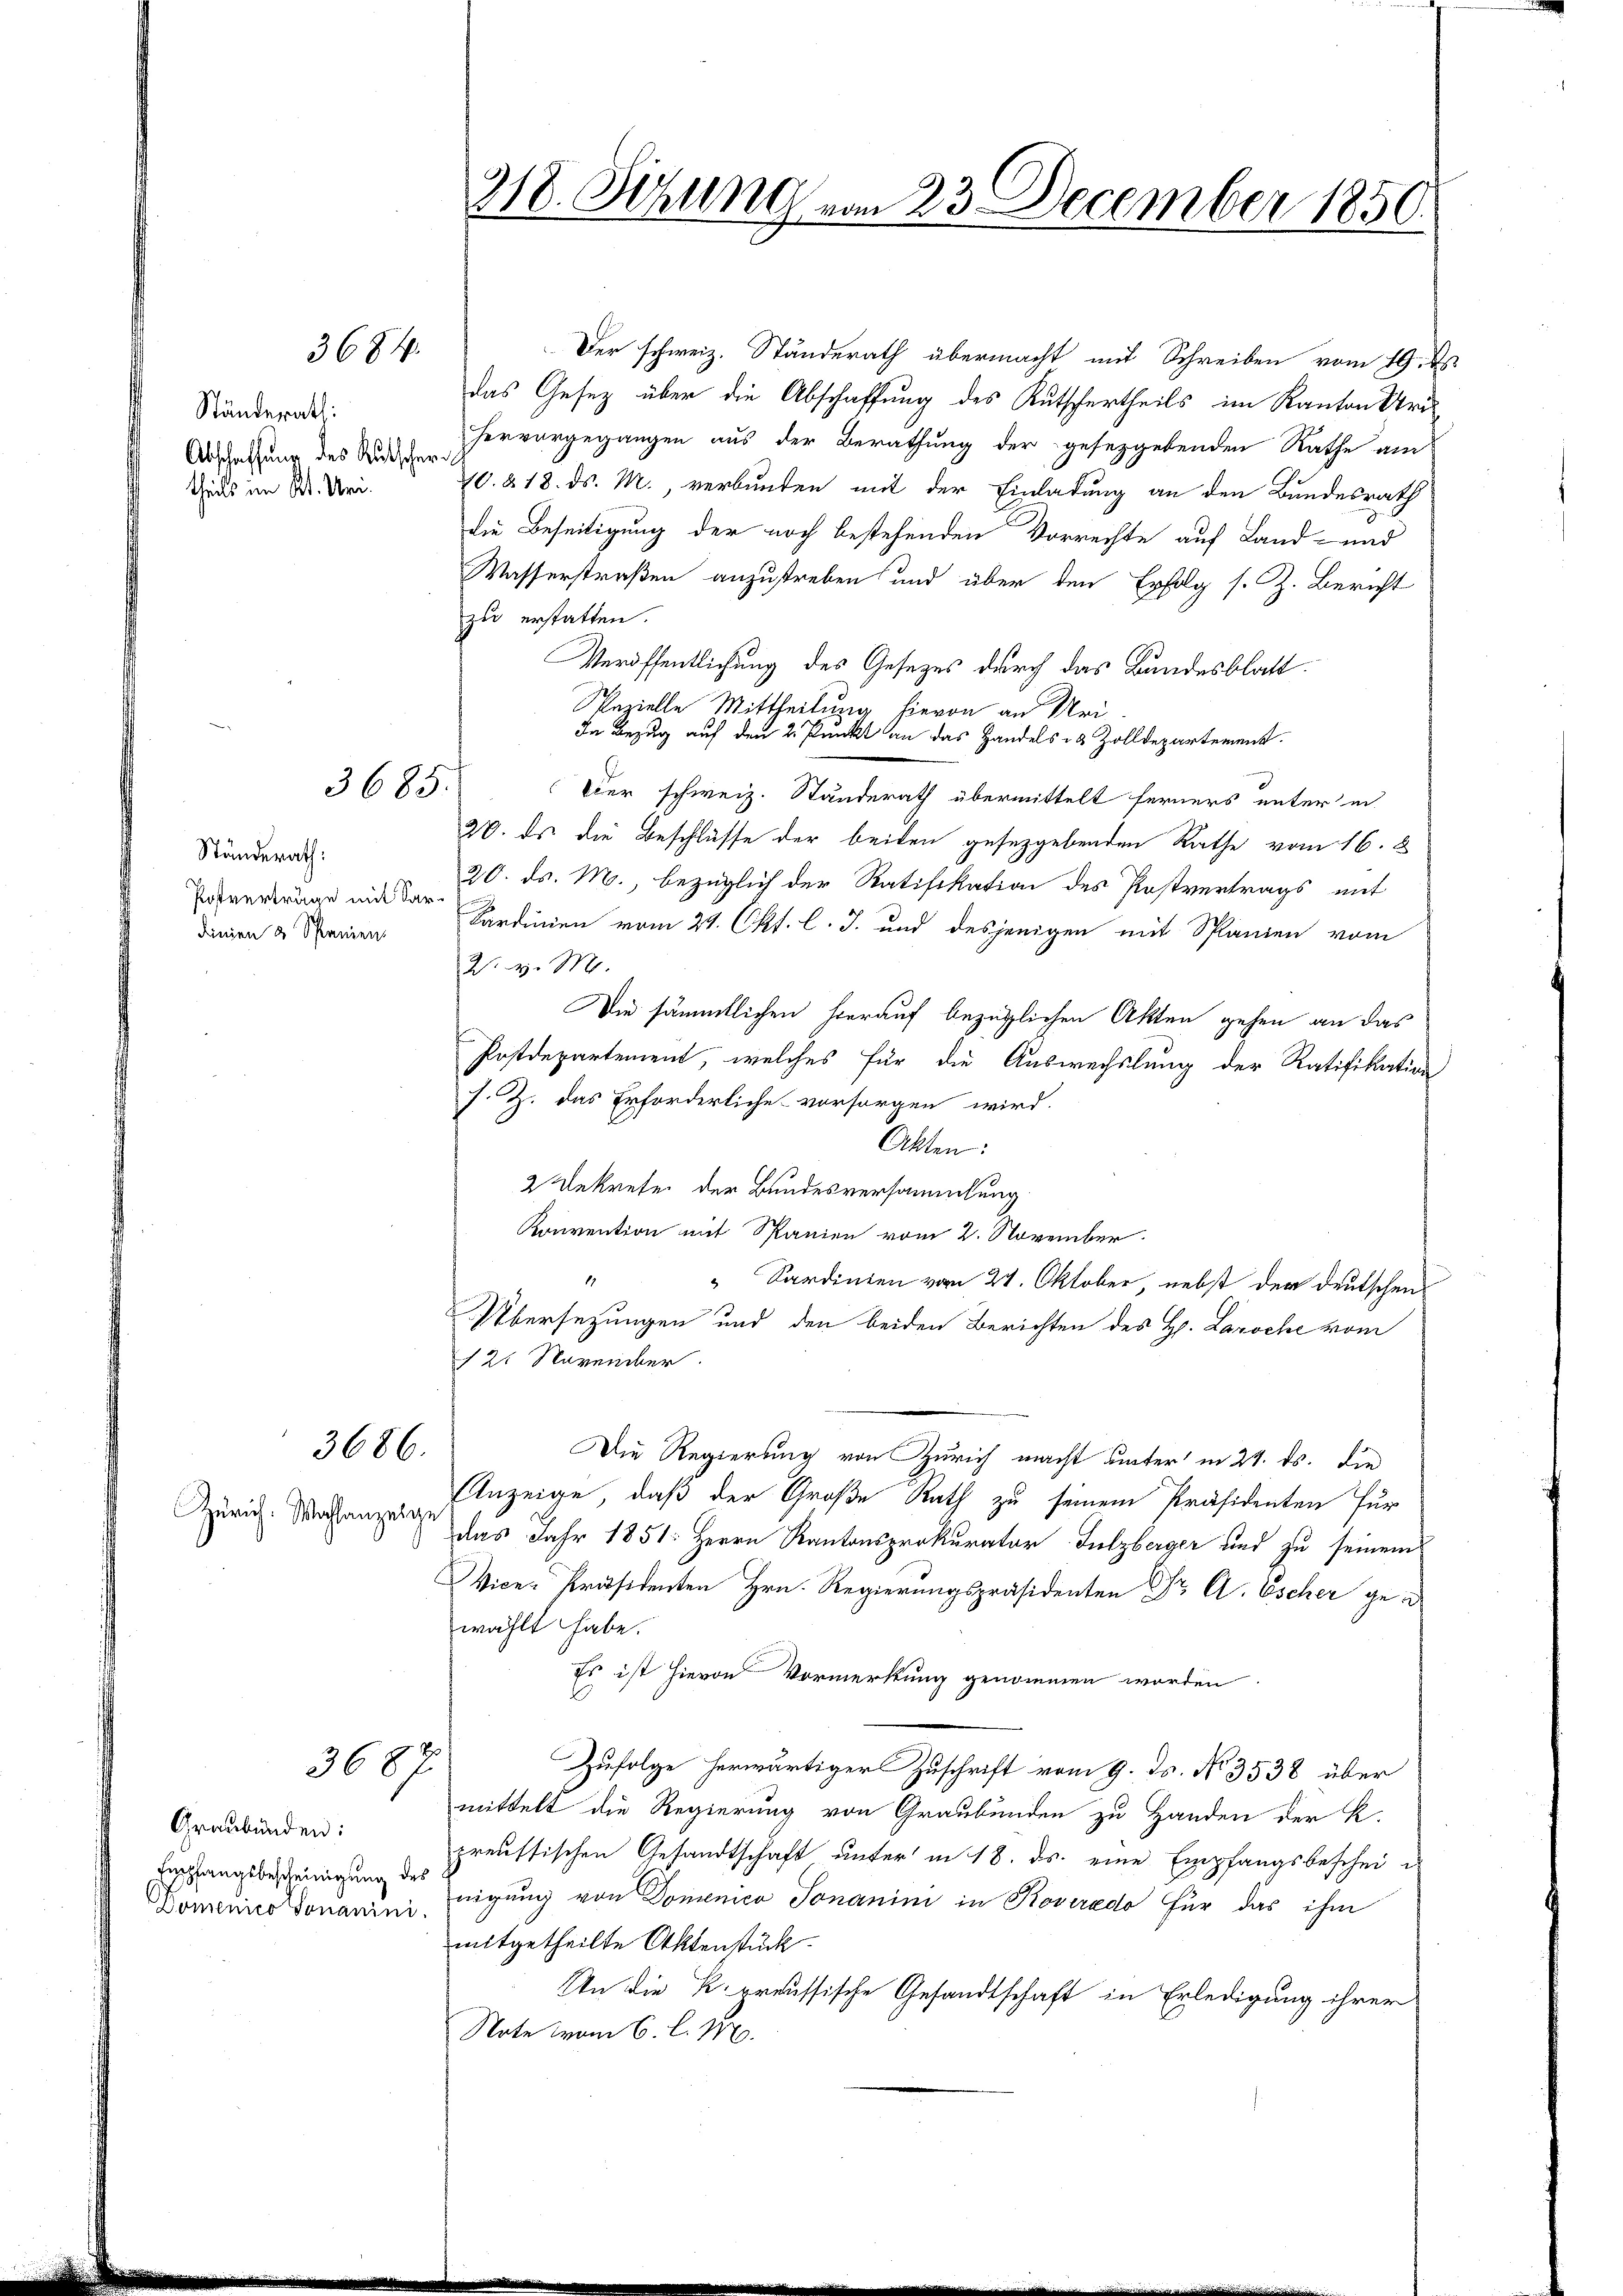
3684.

Ständerath:
Abschaffung des Rutscher
theils im Kt. Uri.

Ständerath:
Postverträge mit Sardinien 3 Spanien.

3685.

3686.

Zürich. Wahlanzeige

3687

Graubünden:
Eipfangsbescheinigung des

Der schweiz. Ständerath übermacht mit Schreiben vom 19. ds.
das Gesetz über die Abschaffung des Kutschertheils im Kanton Uri
hervorgegangen aus der Berathung der gesetzgebenden Rathe am
710. 218. ds. M., verbunden mit der Einladung an den Bundesrath
die Beseitigung der noch bestehenden Vorrechte auf Land- und
Wasserstraßen anzustreben und über den Erfolg s. Z. Bericht
zu erstatten.
Veröffentlichung des Gesetzes durch das Bundesblatt
Sazielle Mittheilung hievon an Uri¬
In Bezug auf den 2. Punkt an das Handels 8 Zolldepartement.
.
Der schweiz. Standerath übermittelt ferners unter in
20. ds die Beschlüsse der beiden gesetzgebenden Rathe vom 16. 8
20. ds. M., bezüglich der Ratifikation des Postvertrags mit
Kardinien vom 21. Okt. l. J. und desjenigen mit Spanien vom
W. v. M.
Die sämmtlichen hierauf bezüglichen Akten gehen an das
Postdepartement, welches für die Auswechslung der Ratifikation
s. Z. das Erforderliche vorsorgen wird.
Akten:
2 Dekreten der Bundesversammlung
Konvention mit Spanien vom 2. November.
Sardinien vom 27. Oktober, nebst der Deutschen
Übersezungen und den beiden Berichten des H. Laroche vom
1 21 November.
Die Regierung von Zürich macht unter in 24. ds. die
Anzeige, daß der Große Rath zu seinem Präsidenten für
das Jahr 1851: Herrn Kantonsprokurator Sulzberger und zu seinem
Vice-Präsidenten Hrn. Regierungspräsidenten Dr A. Escher gewählt habe.
Es ist hievon Vormerkung genommen worden
Zufolge herwärtiger Zuschrift vom 9. ds. No 3538 über
mittelt die Regierung von Graubünden zu Handen der K.
preussischen Gesandtschaft unter in 18. ds. eine Empfangsbeschei e
Domenico Douanini nigung von Domenico Jonanini in Roveredo für das ihm
mitgetheilte Aktenstück.
An die K. preussische Gesandtschaft in Erledigung ihrer
Note vom 6. l. M.

318. Setzung vom 23. December 1850.